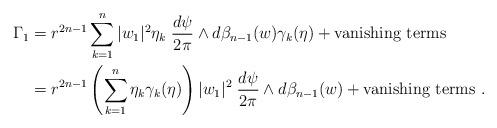
LaTeX: \begin{align*} \Gamma_1&=r^{2n-1}\sum_{k=1}^n |w_1|^2 \eta_k\; \frac{d\psi}{2\pi}\wedge d\beta_{n-1}(w)\gamma_k(\eta)+ \textrm{vanishing terms} \\ &=r^{2n-1}\left(\sum_{k=1}^n\eta_k \gamma_k(\eta)\right) |w_1|^2\; \frac{d\psi}{2\pi}\wedge d\beta_{n-1}(w)+ \textrm{vanishing terms}\ .\end{align*}